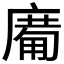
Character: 𱝈